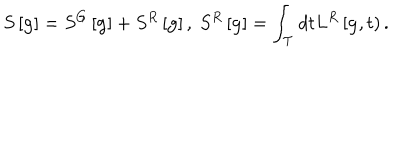
{ } S \left[ { \bf g } \right] = S ^ { G } \left[ { \bf g } \right] + S ^ { R } \left[ { \bf g } \right] , \ S ^ { R } \left[ { \bf g } \right] = \int _ { \cal T } d t L ^ { R } \left[ { \bf g } , t \right) .